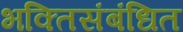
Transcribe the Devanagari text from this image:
भक्तिसंबंधित